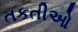
તકતીઓ